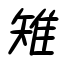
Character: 雉